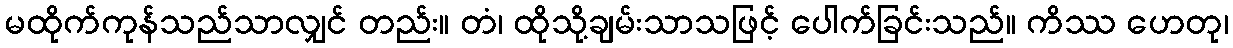
မထိုက်ကုန်သည်သာလျှင် တည်း။ တံ၊ ထိုသို့ချမ်းသာသဖြင့် ပေါက်ခြင်းသည်။ ကိဿ ဟေတု၊